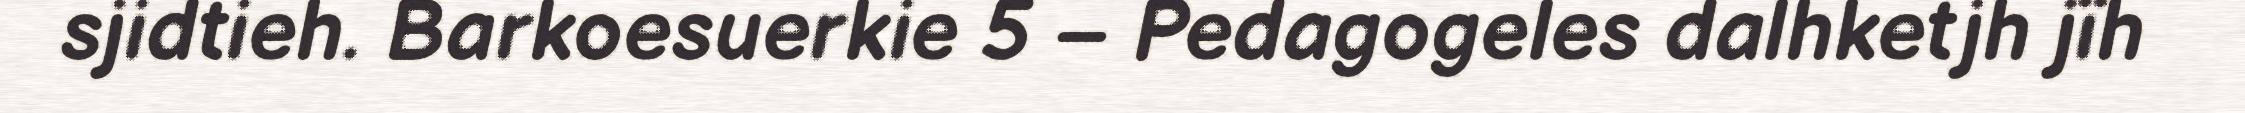
sjidtieh. Barkoesuerkie 5 – Pedagogeles dalhketjh jïh